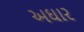
અઘાર